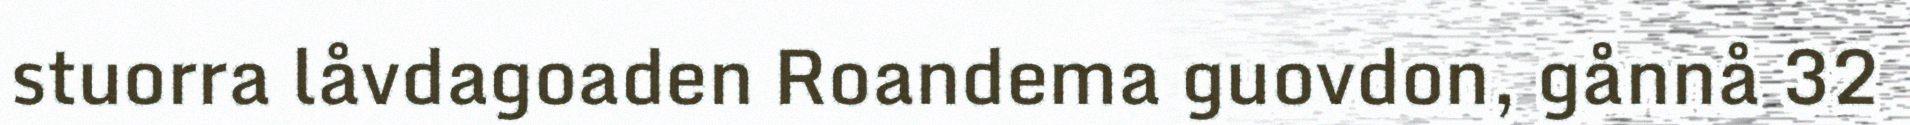
stuorra låvdagoaden Roandema guovdon, gånnå 32